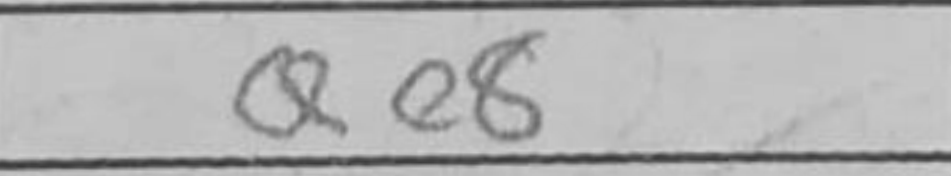
Transcription: Qe8